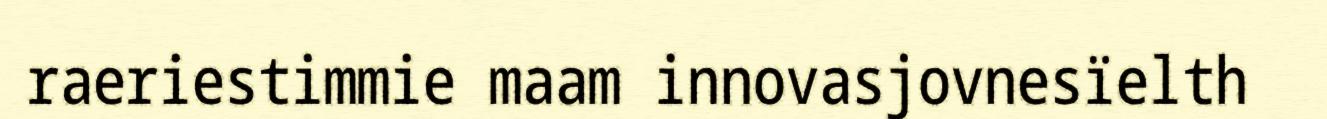
raeriestimmie maam innovasjovnesïelth